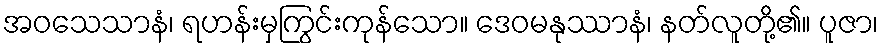
အဝသေသာနံ၊ ရဟန်းမှကြွင်းကုန်သော။ ဒေဝမနုဿာနံ၊ နတ်လူတို့၏။ ပူဇာ၊